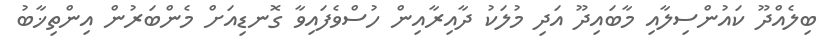
ބިލެއްދޫ ކައުންސިލާއި މާބައިދޫ އަދި މުލަކު ދާއިރާއިން ހުސްވެފައިވާ ގޮނޑިއަށް މެންބަރުން އިންތިޚާބު